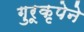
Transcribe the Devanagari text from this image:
गुरूकृपेने